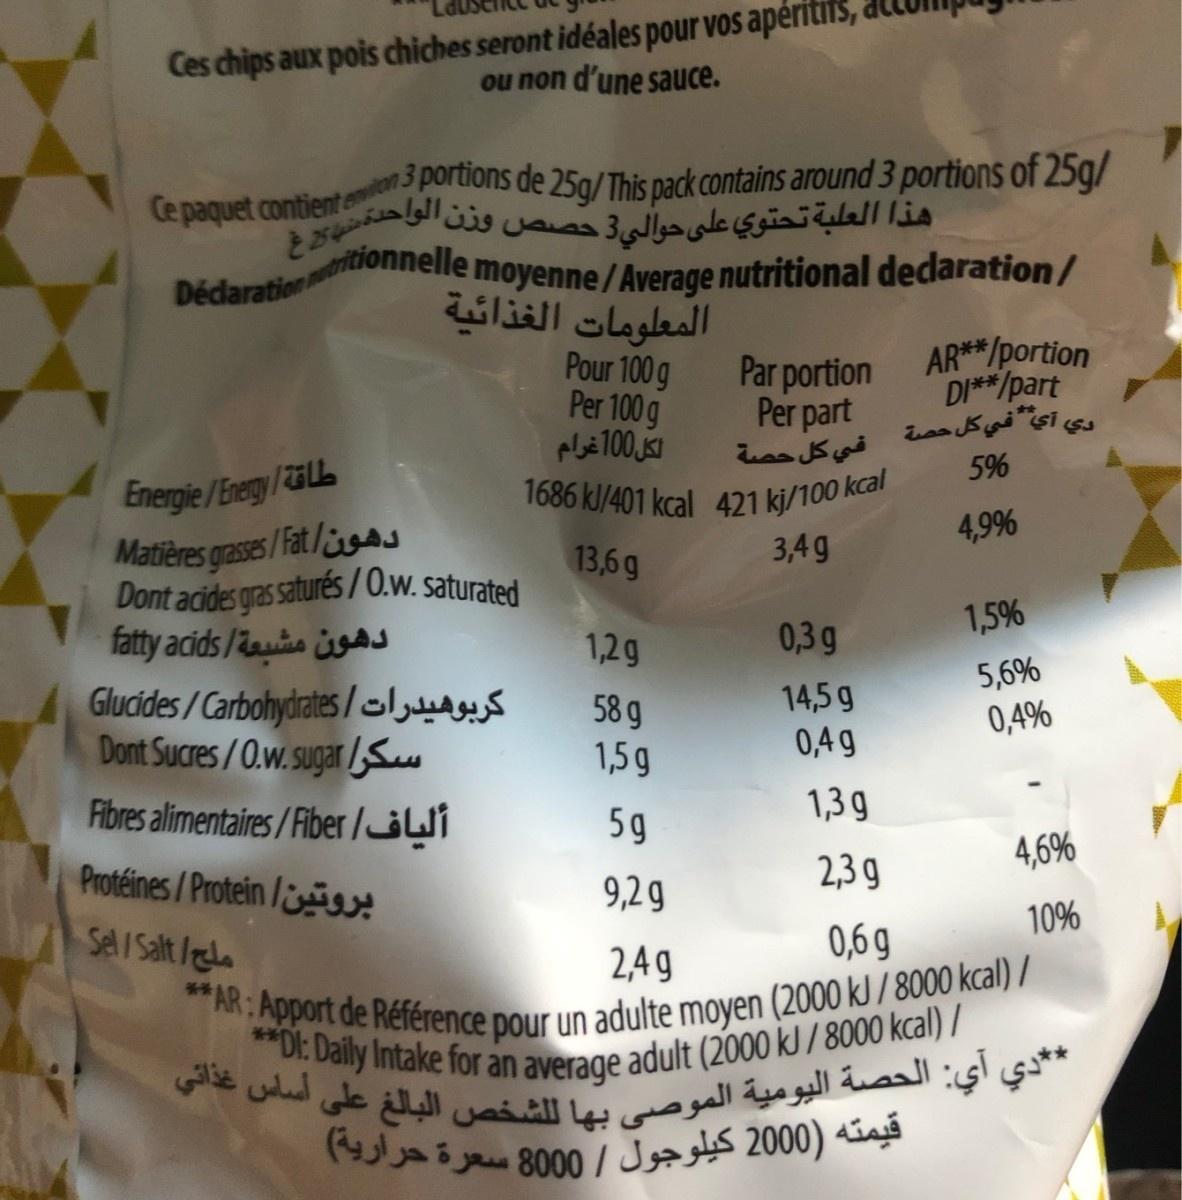
Ces chips aux pois chiches seront idéales pour vos aperitiS, ou non d'une sauce.
Ce paquet contient eton 3 portions de 25g/This pack contains around 3 portions of 25g/ هذا العلبة تحتوي على حوالي3.
Dédarationitionnelle moyenne/Average nutritional dedaration/ المعلومات الغذائية
Pour 100 g Per 100 g
Par portion Per part
AR**/portion DI**/part و أي في كل حصة 5%
Energie /Energy /28LL Matières gases /Fat/s Dont acides gras saturés / 0.w. saturated fatty acids/ s
1686 kl/401 kcal 421 kj/100 kcal
13,6g
3,4g
4,9%
1,2g
0,3g
1,5%
5,6%
Glucides/Carbohydrates/olw Dont Sucres/0.w.sugar /S
58 g 1,5g
14,5 g 0,4 g
0,4%
Fibres alimentaires/Fiber /jWi
5g
1,3 g
Protéines/Protein / Sel/ Salt /gla
2,3 9
4,6%
9,2 g
10%
2,49
0,6 g
** AR: Apport de Référence pour un adulte moyen (2000 kJ / 8000 kcal) / **DI: Daily Intake for an average adult (2000 kJ / 8000 kcal) /  *دي أي: الحصة اليومية الموصى بها ل لشخص البالغ على أساس غذاتي قیمته )2000 كيلوجول / 0 0 80 سعرة حرارية(